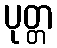
ပုတ္တ